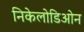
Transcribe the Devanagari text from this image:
निकेलोडिओन